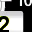
Digit: 2